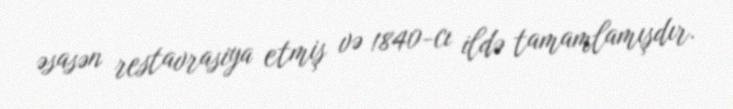
əsasən restavrasiya etmiş və 1840-cı ildə tamamlamışdır.